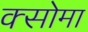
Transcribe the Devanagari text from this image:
क्सोमा